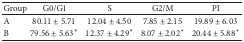
| Group | G0/G1 | S | G2/M | PI |
 | --- | --- | --- | --- | --- |
 | A | 80.11 ± 5.71 | 12.04 ± 4.50 | 7.85 ± 2.15 | 19.89 ± 6.03 |
 | B | 79.56 ± 5.63* | 12.37 ± 4.29* | 8.07 ± 2.02* | 20.44 ± 5.88* |